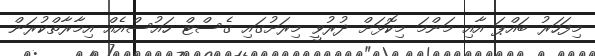
މިފަހަރު ބައްޕަ އާއި މަންމަ މިކޮޅަށް ދުރުވީ މިރަށުގައި ގެސްޓް ހައުސްއެއް އިމާރާތްކުރަން